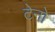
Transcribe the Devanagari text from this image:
टेनो